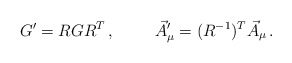
\begin{align*}G^{\prime}= RGR^{T}\, , \hspace{1cm}\vec{A}^{\prime}_{\mu} = (R^{-1})^{T} \vec{A}_{\mu}\, .\end{align*}